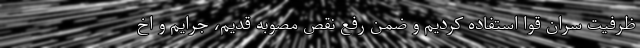
ظرفیت سران قوا استفاده کردیم و ضمن رفع نقص مصوبه قدیم، جرایم و اخ